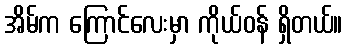
အိမ်က ကြောင်လေးမှာ ကိုယ်ဝန် ရှိတယ်။